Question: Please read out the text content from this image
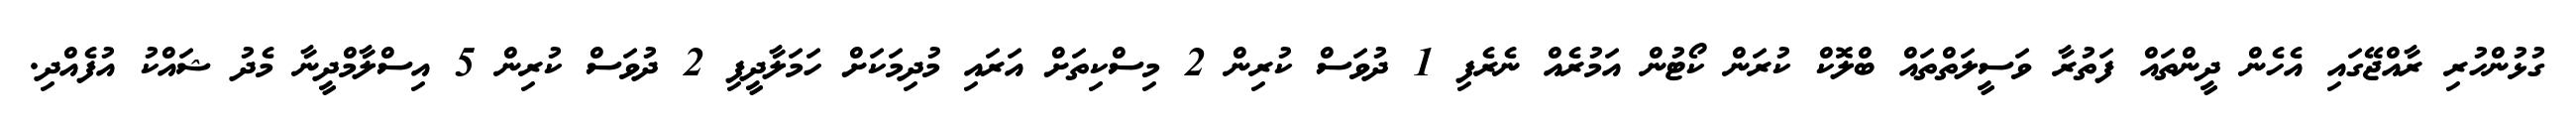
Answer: ގުޅުންހުރި ރާއްޖޭގައި އެހެން ދީންތައް ފަތުރާ ވަސީލަތްތައް ބްލޮކް ކުރަން ކޯޓުން އަމުރެއް ނެރެފި 1 ދުވަސް ކުރިން 2 މިސްކިތަށް އަރައި މުދިމަކަށް ހަމަލާދީފި 2 ދުވަސް ކުރިން 5 އިސްލާމްދީނާ މެދު ޝައްކު އުފެއްދި.